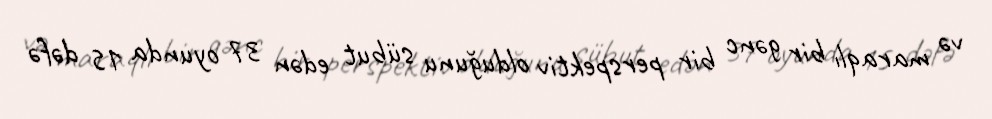
və maraqlı bir gənc bir perspektiv olduğunu sübut edən 37 oyunda 15 dəfə